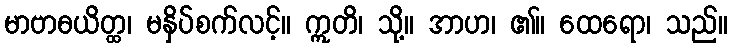
မာဗာဓယိတ္ထ၊ မနှိပ်စက်လင့်။ ဣတိ၊ သို့။ အာဟ၊ ၏။ ထေရော၊ သည်။